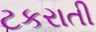
ટકરાતી